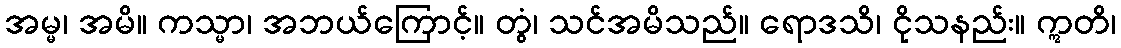
အမ္မ၊ အမိ။ ကသ္မာ၊ အဘယ်ကြောင့်။ တွံ၊ သင်အမိသည်။ ရောဒသိ၊ ငိုသနည်း။ ဣတိ၊